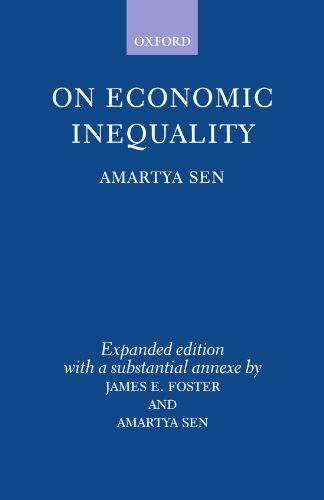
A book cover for On Economic Inequality (Radcliffe Lectures); Amartya Sen; Business & Money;